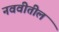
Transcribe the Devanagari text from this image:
नववीतील